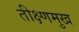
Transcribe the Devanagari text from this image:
तीक्ष्णमुख